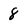
Character: 8